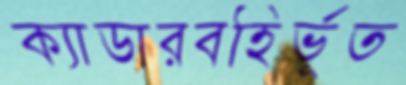
ক্যাডারবহির্ভূত